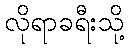
လိုရာခရီးသို့